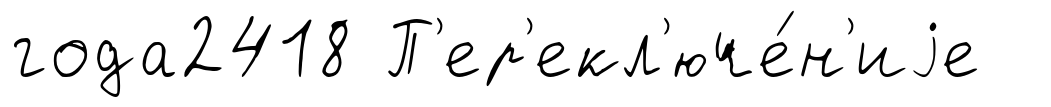
года2418 П'ер'екл'юче́н'иjе